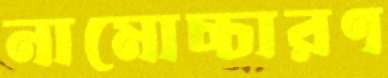
নামোচ্চারণ